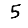
Digit: 5